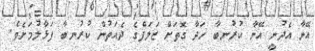
އޭނާ އެދުނީ އޭނާ ކުރުނބާ ހަދާ ގޮތަށް ޒަލަފްގެ ދެއަތުން ކުރުނބާ ފަޅާލުމަށެވެ.